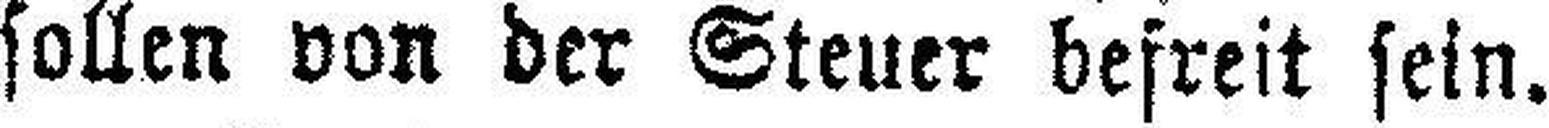
sollen von der Steuer befreit sein.